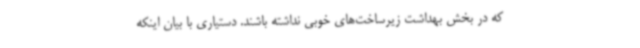
که در بخش بهداشت زیرساخت‌های خوبی نداشته باشند. دستیاری با بیان اینکه